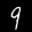
Label: 9